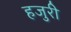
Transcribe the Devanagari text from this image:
हजुरी